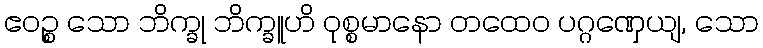
ဧဝဉ္စ သော ဘိက္ခု ဘိက္ခူဟိ ဝုစ္စမာနော တထေဝ ပဂ္ဂဏှေယျ, သော